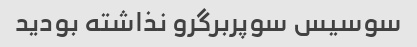
سوسیس سوپربرگرو نذاشته بودید